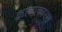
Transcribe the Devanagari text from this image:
काव्यकारण